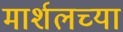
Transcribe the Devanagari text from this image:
मार्शलच्या